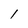
Character: l